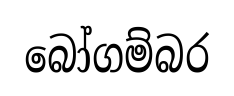
බෝගම්බර